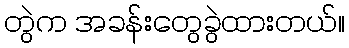
တွဲက အခန်းတွေခွဲထားတယ်။